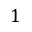
1